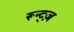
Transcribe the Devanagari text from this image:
रून्ट्ज़